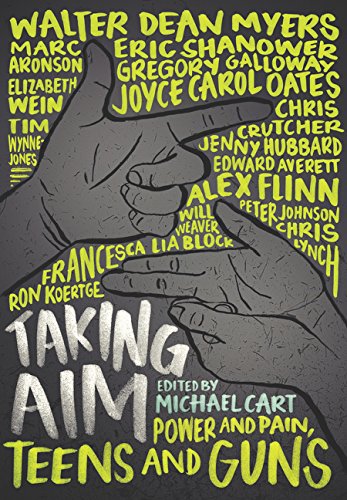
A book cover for Taking Aim: Power and Pain, Teens and Guns; Michael Cart; Teen & Young Adult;